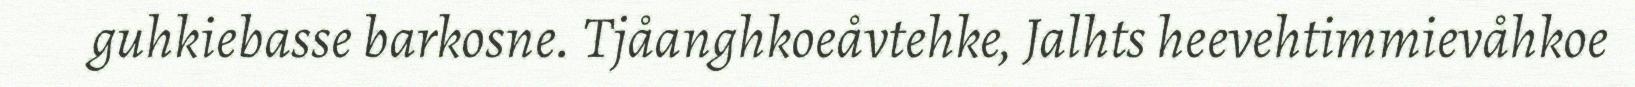
guhkiebasse barkosne. Tjåanghkoeåvtehke, Jalhts heevehtimmievåhkoe